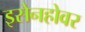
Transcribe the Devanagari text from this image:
इसेनहोवर